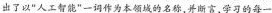
出了以”人工智能”一词作为本领域的名称，并断言，学习的每一